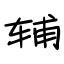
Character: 辅